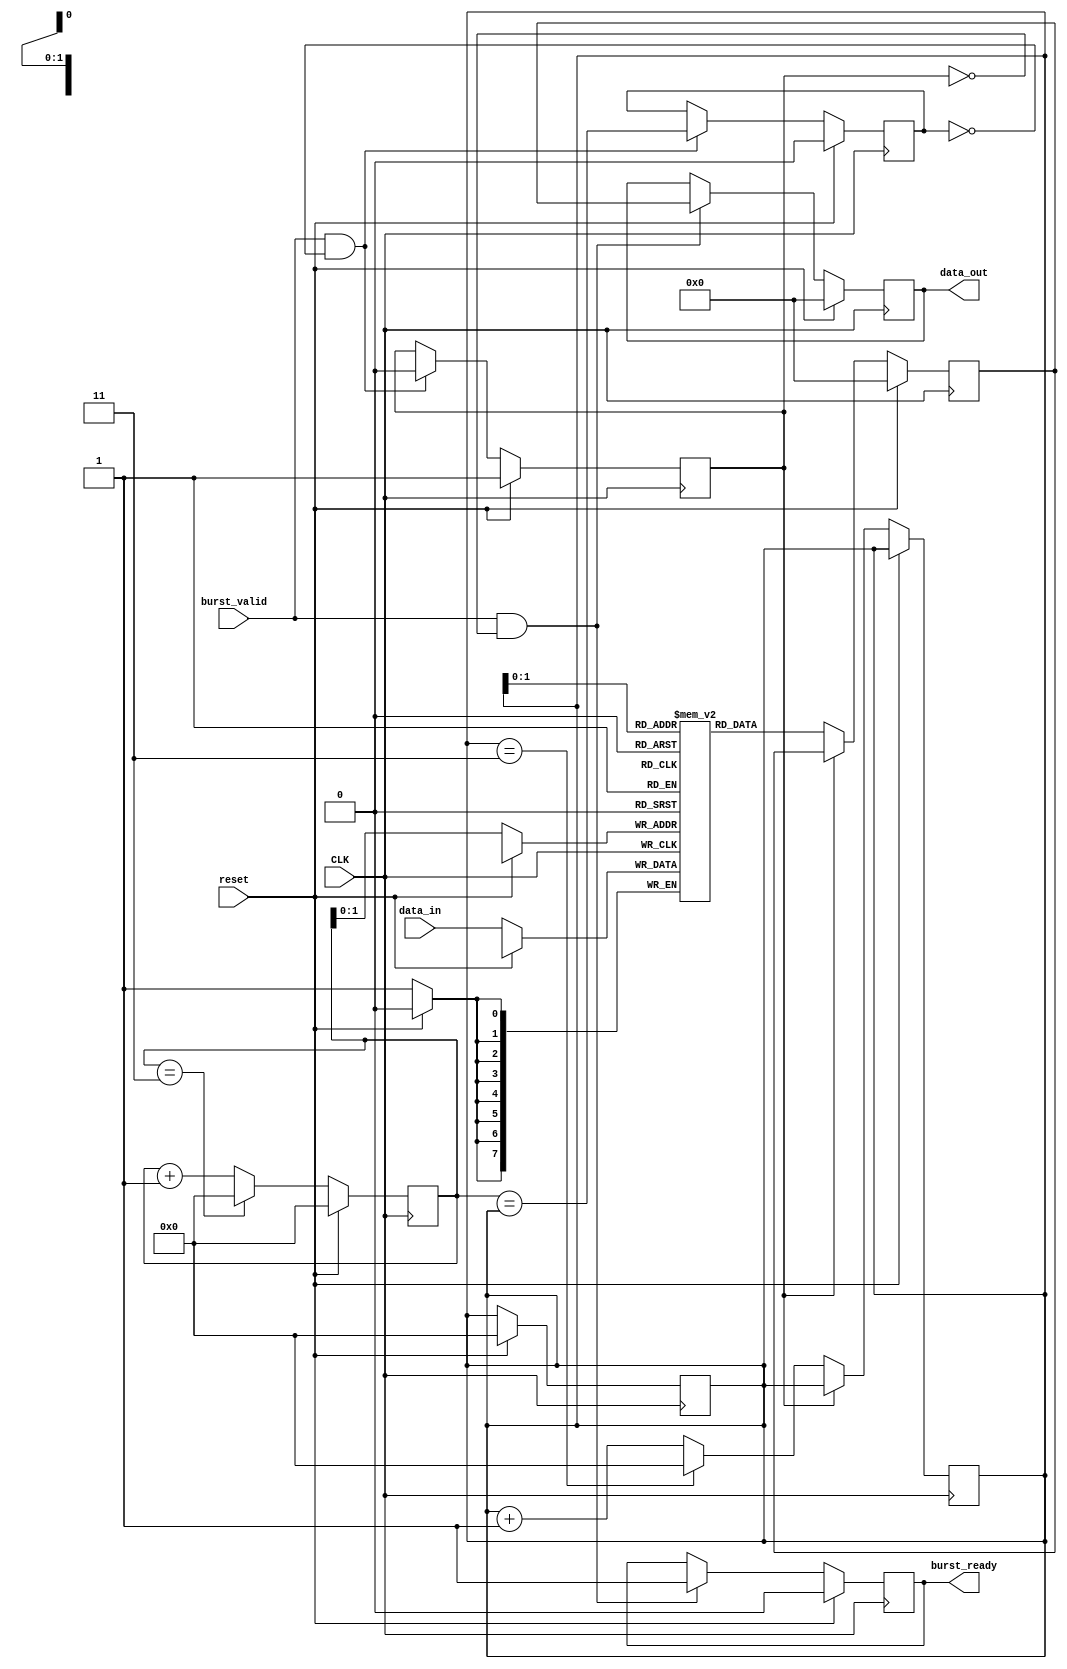
module burst_synchronizer (
    input wire CLK,
    input wire [WIDTH-1:0] data_in,
    input wire burst_valid,
    input wire reset,
    output reg [WIDTH-1:0] data_out,
    output reg burst_ready
);

parameter WIDTH = 8;

reg [WIDTH-1:0] sync_data;
reg [WIDTH-1:0] fifo [0:3];
reg [3:0] write_ptr = 0;
reg [3:0] read_ptr = 0;
reg fifo_full;
reg fifo_empty;

always @(posedge CLK) begin
    if (reset) begin
        write_ptr <= 0;
        read_ptr <= 0;
        fifo_full <= 0;
        fifo_empty <= 1;
    end else begin
        fifo[write_ptr] <= data_in;
        write_ptr <= write_ptr + 1;
        if (write_ptr == 3) begin
            write_ptr <= 0;
        end
        
        if (burst_valid && !fifo_full) begin
            fifo_full <= (write_ptr == read_ptr);
            fifo_empty <= 0;
        end
    end
end

always @(posedge CLK) begin
    if (reset) begin
        data_out <= 0;
        sync_data <= 0;
        burst_ready <= 0;
    end else begin
        if (!fifo_empty) begin
            sync_data <= fifo[read_ptr];
            read_ptr <= read_ptr + 1;
            if (read_ptr == 3) begin
                read_ptr <= 0;
            end
        end
        
        if (burst_valid && !fifo_empty) begin
            data_out <= sync_data;
            burst_ready <= 1;
        end
    end
end

endmodule